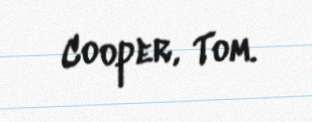
Cooper, Tom.